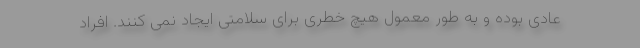
عادی بوده و به طور معمول هیچ خطری برای سلامتی ایجاد نمی کنند. افراد